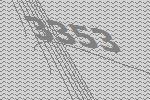
3353